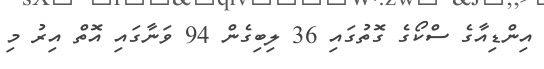
އިންޑިއާގެ ސްކޯގެ ގޮތުގައި 36 ލިބިގެން 94 ވަނާގައި އޮތް އިރު މި